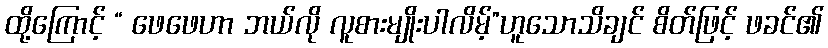
ထို့ကြောင့် “ ဖေဖေဟာ ဘယ်လို လူစားမျိုးပါလိမ့်”ဟူသောသိချင် စိတ်ဖြင့် ဖခင်၏